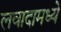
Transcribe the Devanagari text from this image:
लवादामध्ये